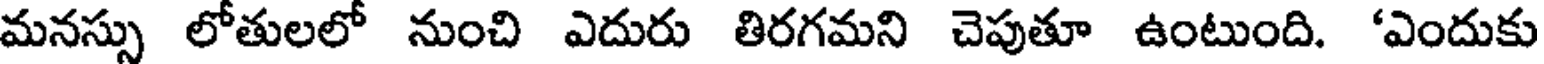
మనస్సు లోతులలో నుంచి ఎదురు తిరగమని చెపుతూ ఉంటుంది. 'ఎందుకు